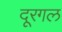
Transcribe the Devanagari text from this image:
दूरगल